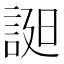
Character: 𧨓